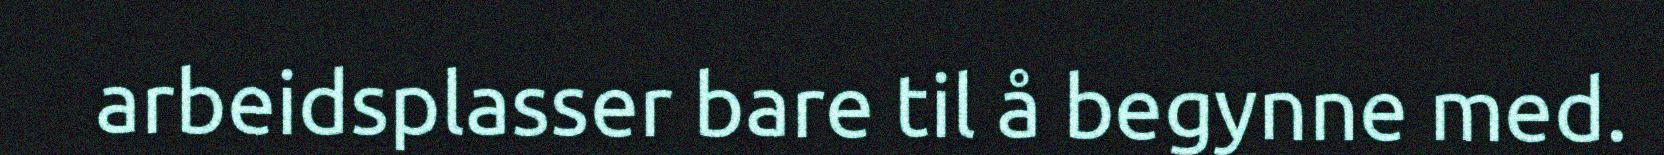
arbeidsplasser bare til å begynne med.